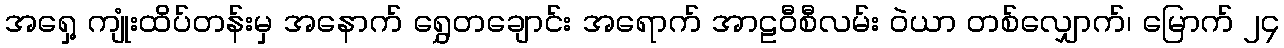
အရှေ့ ကျုံးထိပ်တန်းမှ အနောက် ရွှေတချောင်း အရောက် အာဠဝီစီလမ်း ဝဲယာ တစ်လျှောက်၊ မြောက် ၂၄